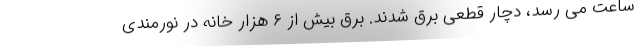
ساعت می رسد، دچار قطعی برق شدند. برق بیش از ۶ هزار خانه در نورمندی